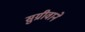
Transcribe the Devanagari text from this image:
सुग्रीवाने